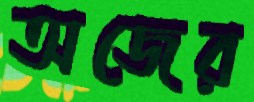
অজের